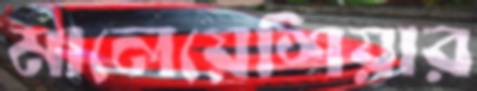
মালেয়েশিয়ার